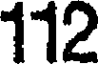
112